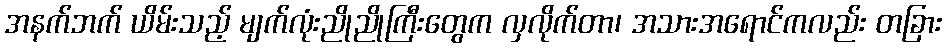
အနက်ဘက် ယိမ်းသည့် မျက်လုံးညိုညိုကြီးတွေက လှလိုက်တာ၊ အသားအရောင်ကလည်း တခြား